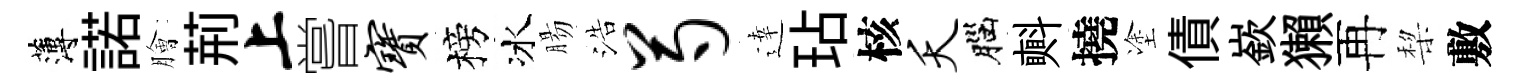
薄諾膾荊上嘗宝榜冰腸浩芍逹玷核夭腦㪺撓塗債嶔獺再棃敷